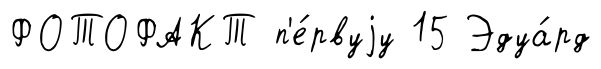
ФОТОФАКТ п'е́рвуjу 15 Эдуа́рд